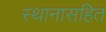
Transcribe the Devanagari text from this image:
स्थानासहित